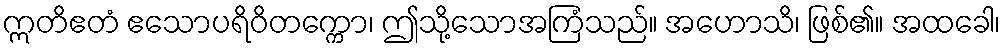
ဣတိဧတံ ဧသောပရိဝိတက္ကော၊ ဤသို့သောအကြံသည်။ အဟောသိ၊ ဖြစ်၏။ အထခေါ၊